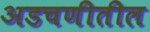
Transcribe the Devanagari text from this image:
अडचणीतील